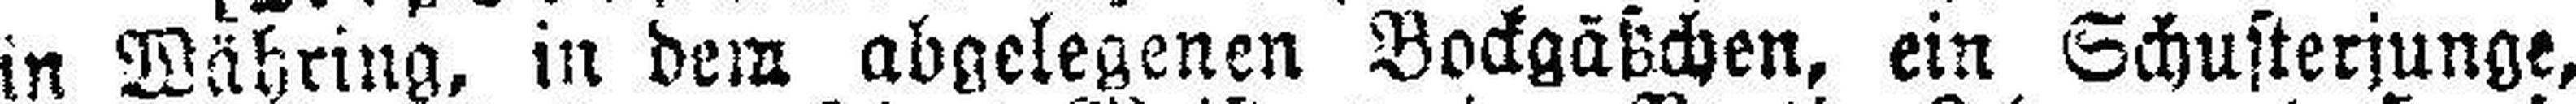
in Währing, in dem abgelegenen Bockgäßchen, ein Schusterjunge,